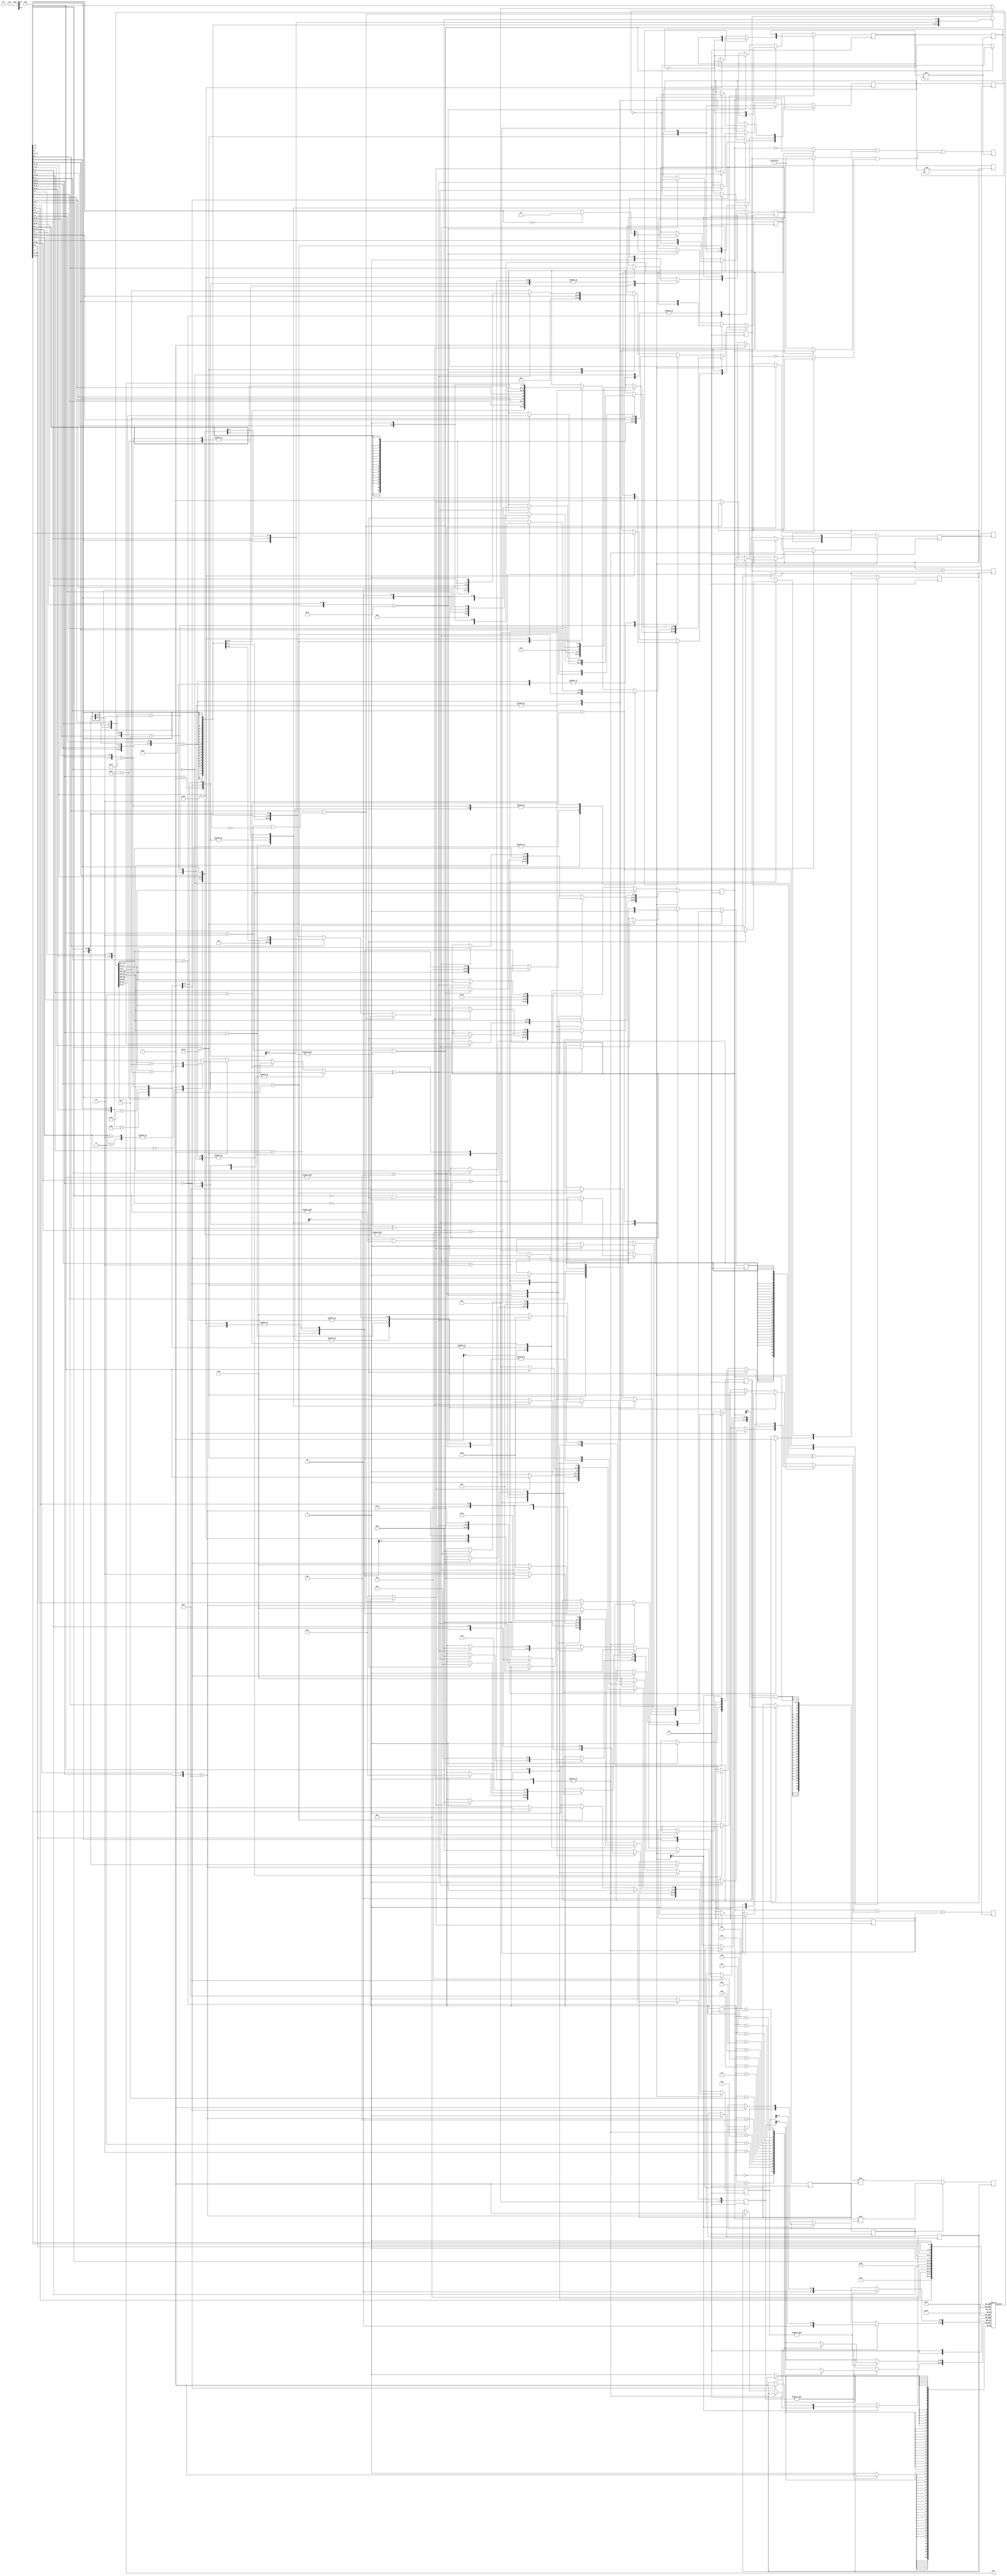
`timescale 1ns/1ps

`define REG_MSB             31
`define SYS_BITS            32
`define SYS_BITS_SUB6       26
`define SYS_BITS_SUB9       23
`define SYS_BITS_SUB10      22
`define SYS_BITS_SUB12      20
`define SYS_BITS_SUB13      19
`define SYS_BITS_SUB18      14
`define CAN_WRITE_DS        (reg_ds != 0)
`define CAN_WRITE_ES        (reg_es != 0)
`define NOT_WRITE_DS        6'b0
`define NOT_WRITE_ES        6'b0

`define ALL_ONE             32'hffff_ffff
`define ALL_ONE12           12'hfff
`define ALL_ZERO            32'h0000_0000

`define R0                  6'd0
`define RA                  6'd1
`define SP                  6'd2
`define PC                  6'd32

`define DS_IS_PC            (reg_ds[5] == 1)

module vcpu(
    input           rst,
    input           sck,
    input  [31:0]   cmd,
    output [31:0]   opt,
    output [31:0]   sta
);

reg [31:0]  r[0:32];
reg [31:0]  tmp_es;
reg         cf;
reg         zf;
reg         nf;
reg         vf;
reg [31:0]  n;
reg [31:0]  m;

assign opt = r[cmd[4:0]];

reg [ 5:0]  reg_ds;
reg [ 5:0]  reg_es;

// add 
reg         add_neg_m;
reg         add_with_cf = 0;
reg         add_req = 0;

// add 
reg [31:0]  tmp_ds_add;
reg         add_ack = 0;

always @(posedge (add_req != add_ack)) begin
    { tmp_ds_add } = n + (m ^ { `SYS_BITS{ add_neg_m } }) + add_with_cf;
    { add_ack } = add_req;
end

//  ========================================
// BITWISE MUX
//
// C0 = B1 ? ~A : A
// C1 = B0 ? 32{1} : B
// C2 = B0 ? 32{1} : A
// C3 = B1 ? ~B : B
// C4 = C0 & C1 | C2 & C3
// 
// FUNC    EXPR                 m1  m0
// nand  ~(A & B) -> ~A | ~B    0   0
// xor     A ^ B                0   1
// or      A | B                1   0
// and     A & B                1   1
// 
reg         bitwise_m0  = 0;
reg         bitwise_m1  = 0;
reg         bitwise_req = 0;

// 
reg         bitwise_ack = 0;
reg [31:0]  tmp_ds_bitwise;

always @(posedge (bitwise_req != bitwise_ack)) begin
    { tmp_ds_bitwise } =
        ((bitwise_m1 ? n : ~n      ) & (bitwise_m0 ? m : `ALL_ONE)) | 
        ((bitwise_m0 ? n : `ALL_ONE) & (bitwise_m1 ? m : ~m      ));
    { bitwise_ack } = bitwise_req;
end

// 
// 
reg         move_req = 0;

// 
reg         move_ack = 0;
reg [31:0]  tmp_es_move;
reg [31:0]  tmp_ds_move;

always @(posedge (move_req != move_ack)) begin
    tmp_ds_move = n;
    tmp_es_move = m;
end

// 
// 
`define SHIFT_RIGHT         1'b0
`define SHIFT_LEFT          1'b1

reg [ 5:0]  shift_bits      = 0;
reg         shift_mode      = 0;
reg         shift_with_sign = 0;
reg         shift_req       = 0;

// 
reg         shift_ack       = 0;
reg [31:0]  tmp_ds_shift;

always @(posedge (shift_req != shift_ack)) begin
    if (shift_mode == `SHIFT_LEFT) begin
        { tmp_ds_shift } = { n } << shift_bits;
    end else begin
        { tmp_ds_shift } = { { `SYS_BITS{ shift_with_sign & n[`REG_MSB] } }, n } >> shift_bits;
    end
end

// 
// 
`define MEM_MODE_READ       0
`define MEM_MODE_WRITE      1

reg         mem_mode = 0;
reg         mem_req = 0;

// 
reg         mem_ack = 0;
reg [31:0]  tmp_ds_mem;

always @(posedge (mem_req != mem_ack)) begin
    { tmp_ds_mem } = n + m;

    // TODO:
end

reg         cmpj_raise = 0;

reg [31:0]  tmp_ds_mul;
reg [31:0]  tmp_ds_bl;

`define I_ADD               0
`define I_BITWISE           1
`define I_MOVE              2
`define I_SHIFT             3
`define I_MEM               4

`define I_MAX               15 /* I_MAX  d */

// i_serial  d 
reg [ 3:0]  i_serial = 0;

wire[31:0]  d[0:`I_MAX];    // 
wire[31:0]  e[0:`I_MAX];    // 

assign d     [`I_ADD    ] = tmp_ds_add;
assign d     [`I_BITWISE] = tmp_ds_bitwise;
assign d     [`I_MOVE   ] = tmp_ds_move;
assign d     [`I_SHIFT  ] = tmp_ds_shift;
assign d     [`I_MEM    ] = tmp_ds_mem;

assign e     [`I_MOVE   ] = tmp_es_move;

always @(posedge sck) begin
    { reg_es } = 0;
    { reg_ds } = 0;

    casez(cmd[1:0])
    2'b00: begin
        casez (cmd[15:13])
        // c.addi4spn
        3'b000: begin
            `define RD          {1'b1, cmd[4:2]}
            `define UMM10       {cmd[10:7], cmd[12:11], cmd[5], cmd[6], 2'b0}

            if (`UMM10 != 0) begin
                { i_serial } = `I_ADD;

                { reg_ds } = `RD;
                { n } = r[`SP];
                { m } = `UMM10;

                { add_neg_m } = 0;
                { add_with_cf } = 0;
                { add_req } = !add_ack;
            end else begin
                
            end
        end

        // lw
        3'b?10: begin
            `define IS_WRITE    {cmd[15]}
            `define RS1         {1'b1, cmd[9:7]}
            `define RD          {1'b1, cmd[4:2]}
            `define UMM7        {cmd[5], cmd[12:10], cmd[6], 2'b0 }

            { i_serial } = `I_MEM;
            { reg_ds } = `RD;
            { n } = r[`RS1];
            { m } = `UMM7;

            { mem_mode } = `IS_WRITE;
            { mem_req } = !mem_ack;
        end

        default: begin
            
        end
        endcase
    end

    2'b01: begin
        casez({cmd[15:10], cmd[6:5]})
        // addi
        // addiw
        8'b000???_??, 8'b001???_??: begin
            `define RD          (cmd[11:7])
            `define IMM6        {cmd[12], cmd[6:2]}

            { i_serial } = `I_ADD;
            { reg_ds } = `RD;
            { n } = r[`RD];
            { m } = { {`SYS_BITS_SUB6{ cmd[12] }}, `IMM6 };

            { add_neg_m } = 0;
            { add_with_cf } = 0;
            { add_req } = !add_ack;
        end

        // addi16sp
        8'b011???_??: begin
            `define RD          (cmd[11:7])
            `define IMM10       {cmd[12], cmd[4], cmd[3], cmd[2], cmd[5], cmd[6], 4'b0 }

            if (`RD == `SP && `IMM10 != 0) begin
                { i_serial } = `I_ADD;
                { reg_ds } = `SP;
                { n } = r[`RD];
                { m } = { {`SYS_BITS_SUB10{ cmd[12] }}, `IMM10 } ;

                { add_neg_m } = 0;
                { add_with_cf } = 0;
                { add_req } = !add_ack;
            end else begin
                
            end
        end

        // and
        8'b100011_11: begin
            `define RD          {1'b1, cmd[9:7]}
            `define RS2         {1'b1, cmd[4:2]}

            { i_serial } = `I_BITWISE;
            { reg_ds } = `RD;
            { n } = r[`RD];
            { m } = r[`RS2];

            { bitwise_m0 } = 0;
            { bitwise_m1 } = 0;
            { bitwise_req } = !bitwise_ack;
        end

        // addw
        // sub
        // subw
        8'b100111_0?, 8'b100011_00: begin
            `define RD          {1'b1, cmd[9:7]}
            `define RS2         {1'b1, cmd[4:2]}
            `define IS_SUB      {cmd[8]}

            { i_serial } = `I_ADD;
            { reg_ds } = `RD;
            { n } = r[`RD];
            { m } = r[`RS2];

            { add_neg_m } = `IS_SUB;
            { add_with_cf } = `IS_SUB;
            { add_req } = !add_ack;
        end

        // andi
        8'b100?10_??: begin
            `define RD          {1'b1, cmd[9:7]}
            `define IMM6        {cmd[12], cmd[6:2]}

            { i_serial } = `I_BITWISE;
            { reg_ds } = `RD;
            { n } = r[`RD];
            { m } = { {`SYS_BITS_SUB6{ cmd[12] }}, `IMM6 } ;

            { bitwise_m0 } = 0;
            { bitwise_m1 } = 0;
            { bitwise_req } = !bitwise_ack;
        end

        // beqz cmd[13] = 0
        // bnqz cmd[13] = 1
        8'b11????_??: begin
            `define NEG         {cmd[13]}
            `define RS1         {1'b1, cmd[9:7]}
            `define IMM9        {cmd[12], cmd[6:5], cmd[2], cmd[11:10], cmd[4:3], 1'b0}

            if ((r[`RS1] == 0) ^ `NEG) begin
                { i_serial } = `I_ADD;
                { reg_ds } = `PC;
                { n } = r[`PC];
                { m } = { {`SYS_BITS_SUB9{ cmd[12] }}, `IMM9 } ;

                { add_neg_m } = 0;
                { add_with_cf } = 0;
                { add_req } = !add_ack;

                // TODO: PC + 2 =========================
            end
        end

        // j    cmd[15] = 0
        // jal  cmd[15] = 1
        8'b?01???_??: begin
            `define JAL         {cmd[15]}
            `define IMM12       {cmd[12], cmd[8], cmd[10:9], cmd[6], cmd[7], cmd[2], cmd[11], cmd[5:3], 1'b0}

            if (`JAL) begin
                { reg_es } = `RA;
                { tmp_es } = r[`PC] + 2;
            end

            { i_serial } = `I_ADD;
            { reg_ds } = `PC;
            { n } = r[`PC];
            { m } = { {`SYS_BITS_SUB12{ cmd[12] }}, `IMM12 };

            { add_neg_m } = 0;
            { add_with_cf } = 0;
            { add_req } = !add_ack;

            // TODO: PC + 2 =========================
        end

        // li   
        // lui  
        8'b01????_??: begin
            `define IS_UPPER    {cmd[13]}
            `define IMM6        {cmd[12], cmd[6:2]}
            `define RD          {cmd[11:7]}

            // error
            if (`IS_UPPER && (`RD == `SP || `IMM6 == 0)) begin
                
            end else begin
                { i_serial } = `I_MOVE;
                { reg_ds } = `RD;
                // { reg_es } = `NOT_WRITE_ES;
                { n } = `IS_UPPER ? 
                    { {`SYS_BITS_SUB18{ cmd[12] }}, `IMM6 << 12 } : 
                    { {`SYS_BITS_SUB6{ cmd[12] }}, `IMM6 };
                // { m } = 0;

                { move_req } = !move_ack;
            end
        end

        // or   8'b100011_10
        // and  8'b100011_11
        // xor  8'b100011_01
        8'b100011_??: begin
            `define RD          {1'b1, cmd[9:7]}
            `define RS2         {1'b1, cmd[4:2]}

            { i_serial } = `I_BITWISE;
            { reg_ds } = `RD;
            { n } = r[`RD];
            { m } = r[`RS2];

            { bitwise_m1, bitwise_m0 } = cmd[9:8];
            { bitwise_req } = !bitwise_ack;

            // TODO: nand 
        end

        // srai
        // srli
        8'b100?0?_??: begin
            `define WITH_SIGN       {cmd[10]}
            `define RD              {1'b1, cmd[9:7]}
            `define UMM6            {cmd[12], cmd[6:2]}

            { i_serial } = `I_SHIFT;
            { reg_ds } = `RD;
            { n } = r[`RD];
            // { m } = `UMM6;

            { shift_bits } = `UMM6;
            { shift_mode } = `SHIFT_RIGHT;
            { shift_with_sign } = `WITH_SIGN;
            { shift_req } = !shift_ack;
        end

        default: // ebreak
            if (cmd[15:0] == 16'b1001_0000_0000_0010) begin
                
            end
        endcase
    end
    
    2'b10: begin
        casez (cmd[15:12])
        // add
        4'b1001: begin
            `define RD          (cmd[11:7])
            `define RS2         (cmd[6:2])

            if (`RD != `R0 && `RS2 != `R0) begin
                { i_serial } = `I_ADD;
                { reg_ds } = `RD;
                { n } = r[`RD];
                { m } = r[`RS2];

                { add_neg_m } = 0;
                { add_with_cf } = 0;
                { add_req } = !add_ack;
            end else begin
                
            end
        end

        // jalr
        4'b1001: begin
            `define RS1         (cmd[11:7])
            `define CHECK       (cmd[6:2] == 0)
            
            if (`CHECK) begin
                { i_serial } = `I_MOVE;
                { reg_ds } = `PC;
                { reg_es } = `RA;
                { n } = r[`RS1];
                { m } = r[`PC] + 2;

                { move_req } = !move_ack;
            end else begin
                
            end
        end

        // jr
        4'b1000: begin
            `define RS1         (cmd[11:7])
            `define CHECK       (cmd[6:2] == 0 && `RS1 != 0)

            if (`CHECK) begin
                { i_serial } = `I_MOVE;
                { reg_ds } = `PC;
                // { reg_es } = `NOT_WRITE_DS;
                { n } = r[`RS1];
                // { m } = 0;

                { move_req } = !move_ack;
            end else begin
                
            end
        end

        // lwsp
        // swsp
        4'b?10?: begin
            `define IS_WRITE    {cmd[15]}
            `define RD          {cmd[11:7]}
            `define UMM8        {cmd[3:2], cmd[12], cmd[6:4], 2'b0}
            `define CHECK       `RD != 0

            if (`CHECK) begin
                { i_serial } = `I_MEM;
                { reg_ds } = `RD;
                { n } = r[`RS1];
                { m } = `UMM8;

                { mem_mode } = `IS_WRITE;
                { mem_req } = !mem_ack;
            end else begin
                
            end
        end

        // mv
        4'b1000: begin
            `define RD          {cmd[11:7]}
            `define RS2         {cmd[6:2]}
            `define CHECK       `RS2 != 0

            if (`CHECK) begin
                { i_serial } = `I_MOVE;
                { reg_ds } = `RD;
                { n } = r[`RS2];

                { move_req } = !move_ack;
            end else begin
                
            end
        end

        // slli
        4'b000?: begin
            `define UMM6    {cmd[12], cmd[4:0]}
            `define RD      {cmd[11:7]}

            { i_serial } = `I_SHIFT;
            { reg_ds } = `RD;
            { n } = r[`RD];
            // { m } = `UMM6;

            { shift_bits } = `UMM6;
            { shift_mode } = `SHIFT_LEFT;
            { shift_with_sign } = 0;
            { shift_req } = !shift_ack;
        end

        default: begin
            
        end
        endcase
    end
    
    // 2'b11
    default:
        casez({cmd[31:25], cmd[14:12], cmd[6:2]})
        // add
        // addw
        15'b0000000_000_011?0: begin
            `define RD      {cmd[11:7]}
            `define RS1     {cmd[19:15]}
            `define RS2     {cmd[24:20]}

            { i_serial } = `I_ADD;
            { reg_ds } = `RD;
            { n } = r[`RS1];
            { m } = r[`RS2];

            { add_neg_m } = 0;
            { add_with_cf } = 0;
            { add_req } = !add_ack;
        end

        // addi
        // addiw
        15'b???????_000_001?0: begin
            `define RD      {cmd[11:7]}
            `define RS1     {cmd[19:15]}
            `define IMM12   {cmd[31:20]}

            { i_serial } = `I_ADD;
            { reg_ds } = `RD;
            { n } = r[`RS1];
            { m } = { { `SYS_BITS_SUB12{ cmd[31] } }, `IMM12 };

            { add_neg_m } = 0;
            { add_with_cf } = 0;
            { add_req } = !add_ack;
        end

        // or   15'b0000000_111_01000
        // and  15'b0000000_111_01100
        // xor  15'b0000000_111_00100
        15'b0000000_111_0??00: begin
            `define RD      {cmd[11: 7]}
            `define RS1     {cmd[19:15]}
            `define RS2     {cmd[24:20]}

            { i_serial } = `I_BITWISE;
            { reg_ds } = `RD;
            { n } = r[`RS1];
            { m } = r[`RS2];

            { bitwise_m1, bitwise_m0 } = cmd[5:4];
            { bitwise_req } = !bitwise_ack;

            // TODO: nand 
        end

        // ori  15'b???????_110_00100
        // andi 15'b???????_111_00100
        // xori 15'b???????_100_00100
        15'b???????_1??_00100: begin
            `define RD      {cmd[11: 7]}
            `define RS1     {cmd[19:15]}
            `define IMM12   {cmd[31:20]}

            { i_serial } = `I_BITWISE;
            { reg_ds } = `RD;
            { n } = r[`RS1];
            { m } = `IMM12;

            // 16bit/32bit xor  opc bad design
            { bitwise_m1, bitwise_m0 } = cmd[13:12] == 0 ? 2'b01 : cmd[13:12];
            { bitwise_req } = !bitwise_ack;

            // TODO: nand 
        end

        // auipc
        15'b???????_???_00101: begin
            `define RD      {cmd[11:7]}
            `define IMM20   {cmd[31:12]}

            { i_serial } = `I_MOVE;
            { reg_ds } = `RD;
            { n } = { `IMM20, `ALL_ONE12 };

            { move_req } = !move_ack;
        end

        // beq  15'b???????_000_11000
        // bne  15'b???????_001_11000
        // blt  15'b???????_100_11000
        // bge  15'b???????_101_11000
        // bltu 15'b???????_110_11000
        // bgeu 15'b???????_111_11000
        15'b???????_???_11000: begin
            `define RS1     {cmd[19:15]}
            `define RS2     {cmd[24:20]}
            `define MODE    {cmd[14:11]}
            `define NEG     {cmd[12]}
            `define IMM13   { cmd[31], cmd[7], cmd[30:25], cmd[11:8], 1'b0 }

            { cmpj_raise } = 0;
            { n } = r[`RS1];
            { m } = r[`RS2];

            casez(`MODE)
            // beq  3'b000
            // bne  3'b001
            3'b00: begin
                cmpj_raise = n == m;
            end

            // blt  3'b100
            // bge  3'b101
            3'b10: begin
                // msb
                // n m
                // 0 0  <
                // 0 1  0
                // 1 0  1
                // 1 1  <
                if (n[`SYS_BITS] ^ m[`SYS_BITS]) begin
                    cmpj_raise = n[`SYS_BITS];
                end else begin
                    cmpj_raise = n[`SYS_BITS - 1:0] < m[`SYS_BITS - 1:0];
                end
            end

            // bltu 3'b110
            // bgeu 3'b111
            3'b11: begin
                cmpj_raise = n < m;
            end

            // error ===========================================
            default: begin
                cmpj_raise = `NEG;
            end
            endcase

            if (cmpj_raise ^ `NEG) begin
                { i_serial } = `I_ADD;

                { reg_ds } = `PC;
                { n } = r[`PC];
                { m } = { { `SYS_BITS_SUB13{cmd[31]} }, `IMM13 };

                { add_neg_m } = 0;
                { add_with_cf } = 0;
                { add_req } = !add_ack;
            end
        end

        default: begin
            
        end
        endcase
    endcase
end

`define REG_DS              r[reg_ds[3:0]]
`define REG_ES              r[reg_es[3:0]]
`define CUR_TMP_DS          d[i_serial]
`define CUR_TMP_ES          e[i_serial]

always @(negedge sck) begin
    begin
        if (`CAN_WRITE_DS) begin
            `REG_DS = `CUR_TMP_DS;
        end

        if (`CAN_WRITE_ES) begin
            `REG_ES = `CUR_TMP_ES;
        end
    end
end endmodule